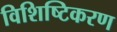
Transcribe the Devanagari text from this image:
विशिष्टिकरण